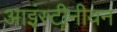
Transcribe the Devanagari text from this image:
आइंस्टीनीयन